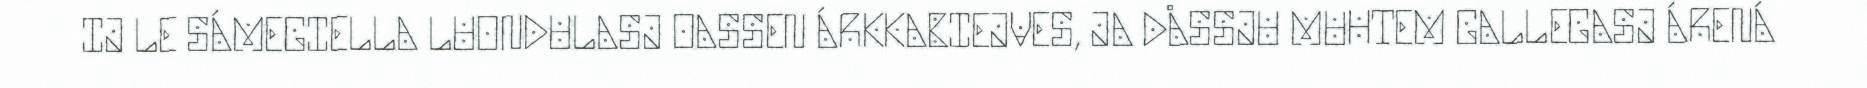
IJ LE SÁMEGIELLA LUONDULASJ OASSEN ÁRKKABIEJVES, JA DÅSSJU MUHTEM GALLEGASJ ÁRENÁ